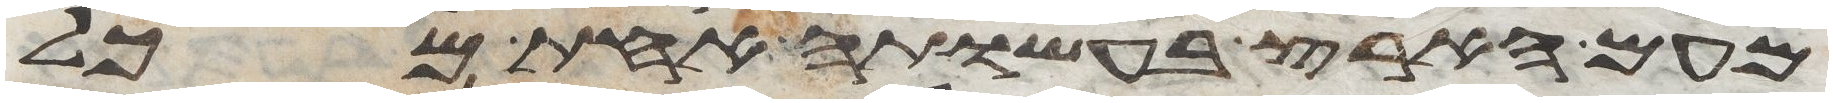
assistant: מעם הארץ בעשותה אחת מכל